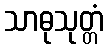
သာဓုသုတ္တံ